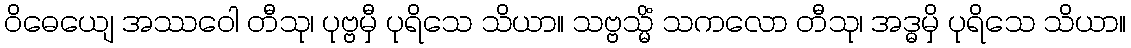
ဝိဓေယျေ အဿဝေါ တီသု၊ ပုဗ္ဗမှီ ပုရိသေ သိယာ။ သဗ္ဗသ္မိံ သကလော တီသု၊ အဒ္ဓမှိ ပုရိသေ သိယာ။